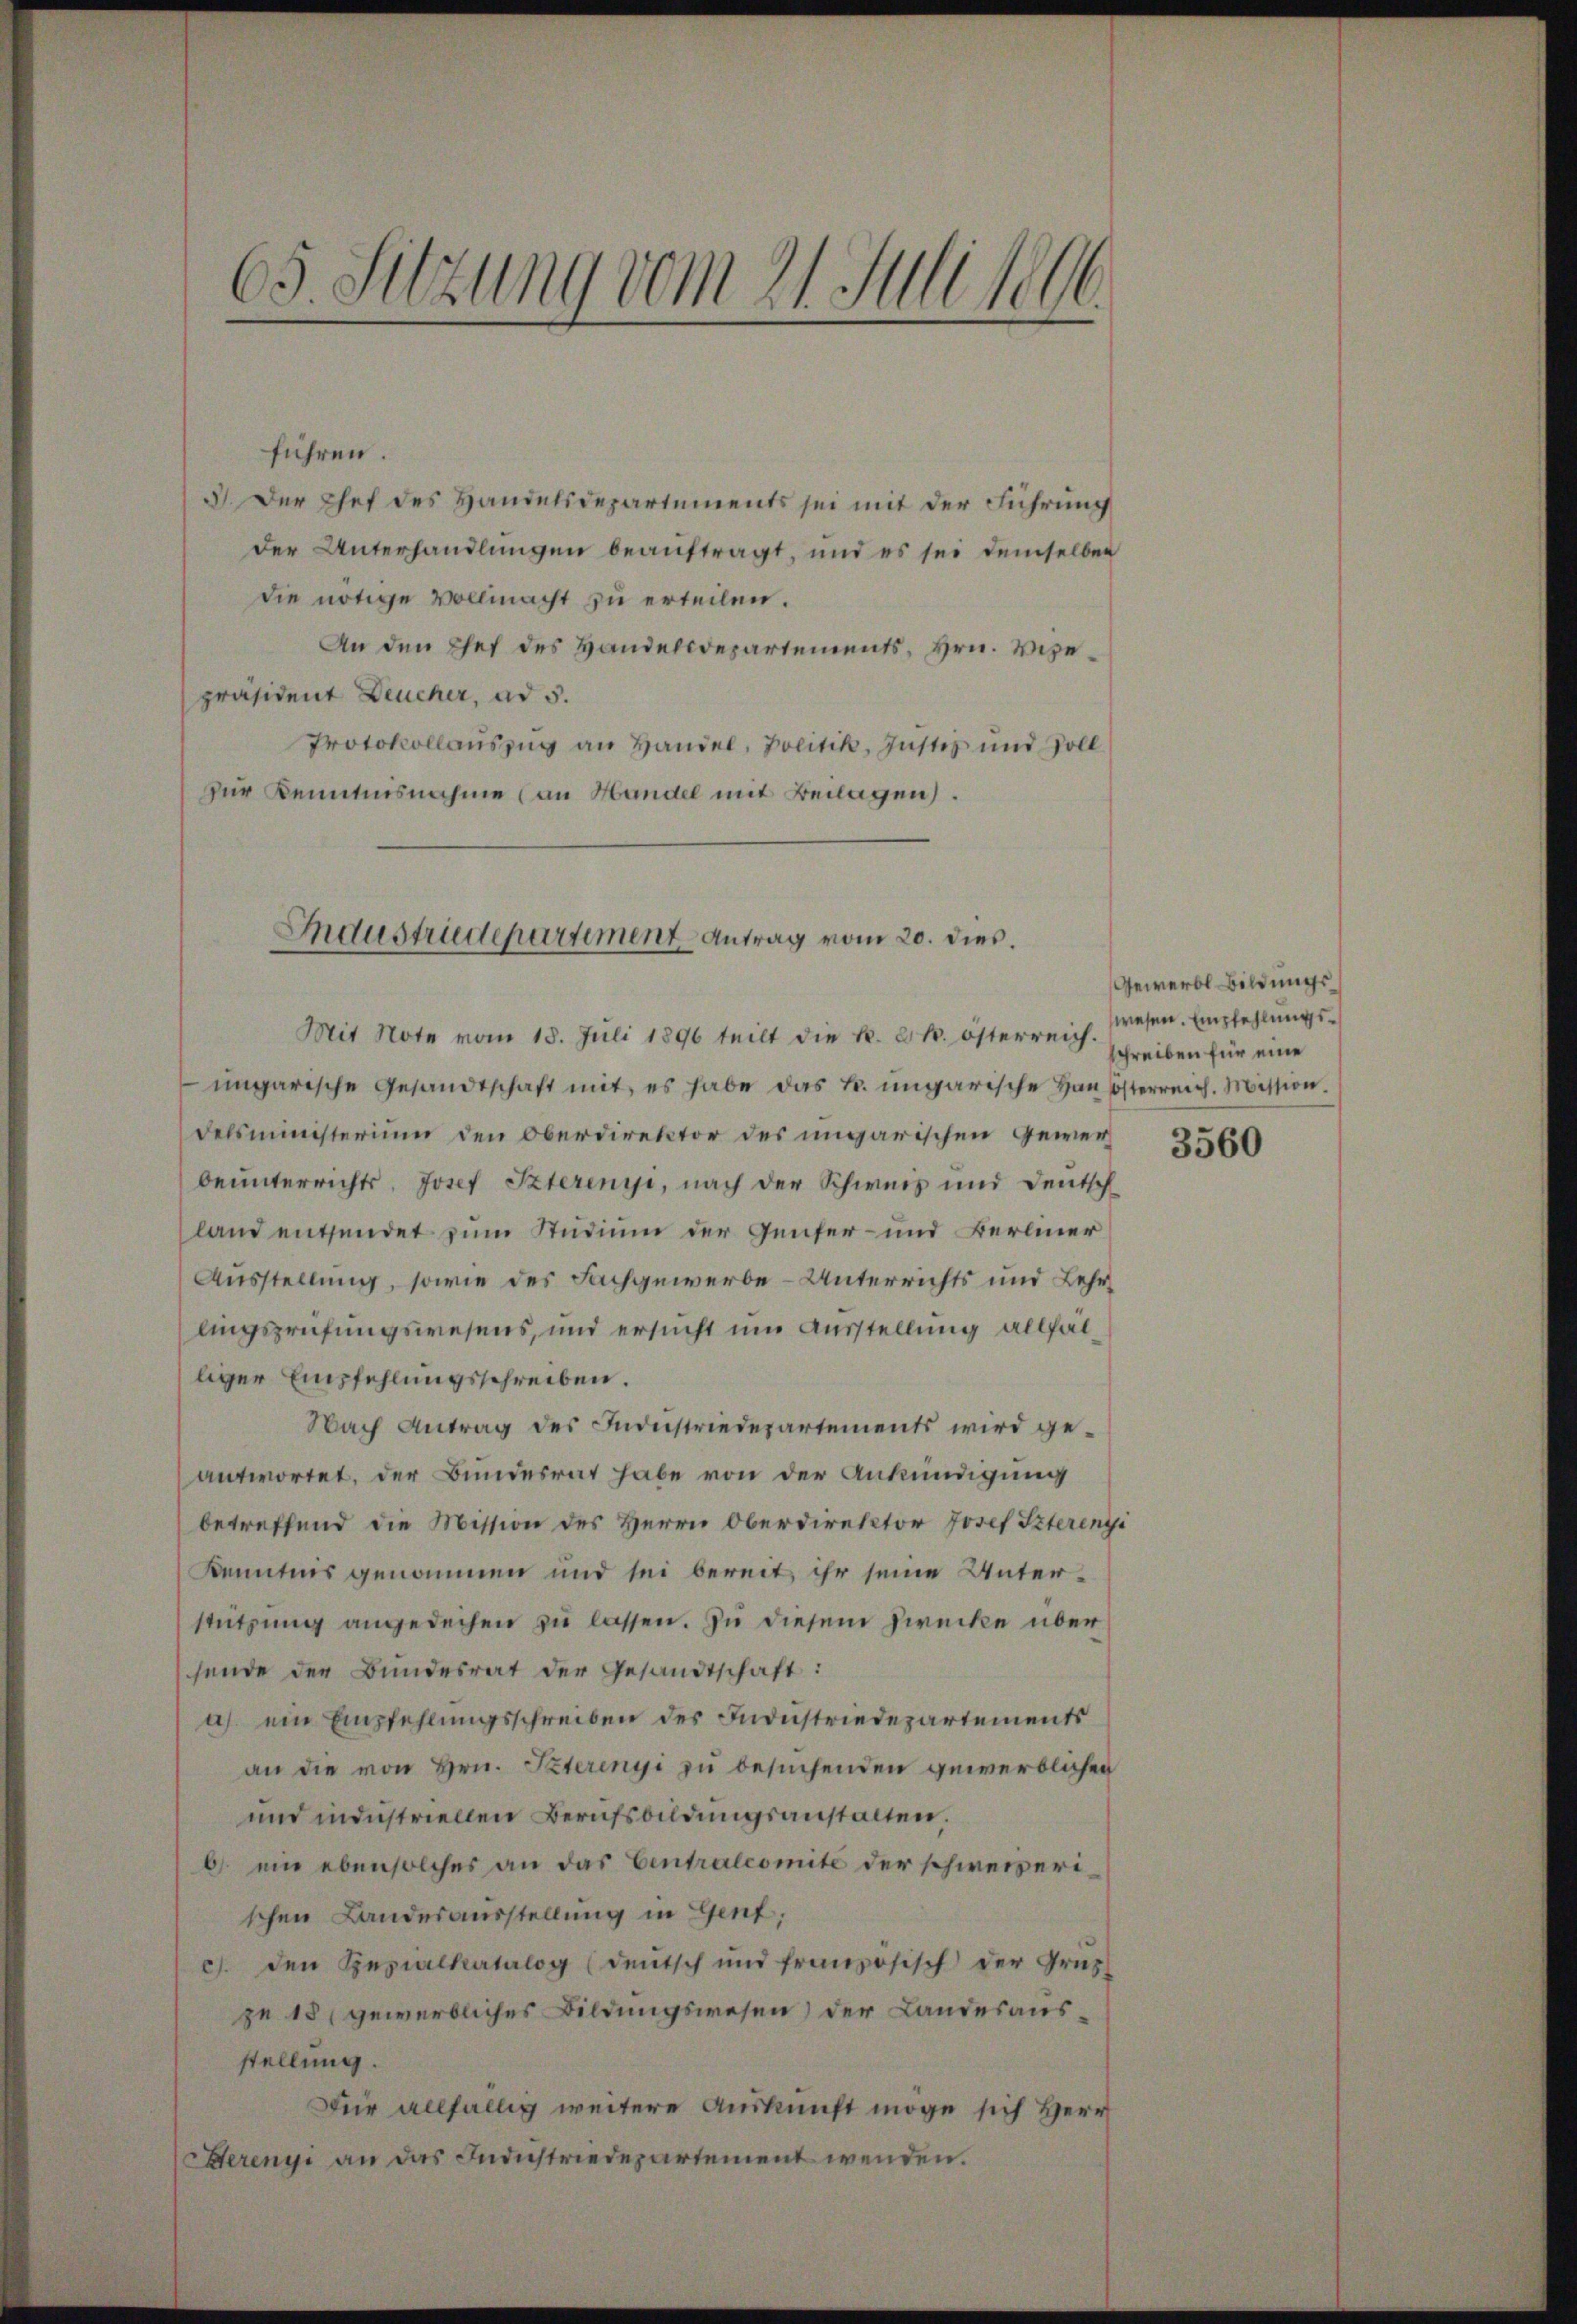
65. Sitzung vom 21. Juli 1896.

führen.
3) Der Chef des Handelsdepartements sei mit der Führung
der Unterhandlŭngen beaŭftragt, und es sei demselben
die nötige Vollmacht zu erteilen.
An den Chef des Handelsdepartements, Hrn. Verepräsident Deucher, ad 5.
Protokollauszug an Handel, Politik, Justiz und Soll
zur Kenntnisnahme an Handel mit Beilagen.

Industriedepartement Antrag vom 20. dies.

Mit Note vom 18. Juli 1896 teilt die k. k. österreich.
ungarische Gesandtschaft mit, es habe das k. ungarische Hanösterreich. Mission.
delsministerium den Oberdirektor des ungarischen Gewerbeunterrichts, Josef Szterenyi, nach der Schweis und Deutsch
land entsendet zum Studium der Genfer- und Berliner
Ausstellung, sowie des Fachgewerbe- Unterrichts und Lehrlingsprüfungswesens, und ersucht um Ausstellung allfalliger Empfehlungsschreiben.
Nach Antrag des Industriedepartements wird geantwortet, der Bundesrat habe von der Ankündigung
betreffend die Mission des Herrn Oberdirektor Josef Szterenzi
Kenntnis genommen und sei bereit ihr seine Unterstützung angedechen zu lassen. Zu diesem Zwecke über
sende der Bundesrat der Gesandtschaft:
a) ein Empfehlungsschreiben des Industriedepartements
an die von Hrn. Peterinyi zu besuchenden gewerblichen
und industriellen Berufsbildungsanstalten,
b. ein ebensolches an das Centralcomite der schweizerischen Landesausstellung in Genf,
c). Den Spezialkatalog (deutsch und französisch der Grus
pe 18 gewerbliches Bildungswesen) der Landesausstellung.
Für allfällig weitere Auskunft möge sich Herr
Serenyi an das Industriedepartement wenden.

Gewerbl Bildungswesen. Empfehlungsschreiben für eine

3560